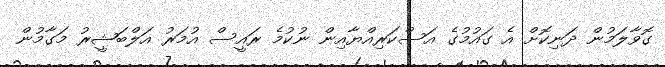
ގޮވާލަމުން ދަނިކޮށް އެ ގައުމުގެ އަސްކަރިއްޔާއިން ނުކުމެ ރައީސް އުމަރު އަލްބަޝީރު މަގާމުން